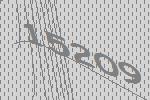
15209